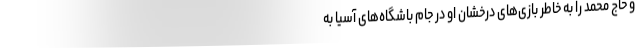
و حاج محمد را به خاطر بازی‌های درخشان او در جام باشگاه‌های آسیا به